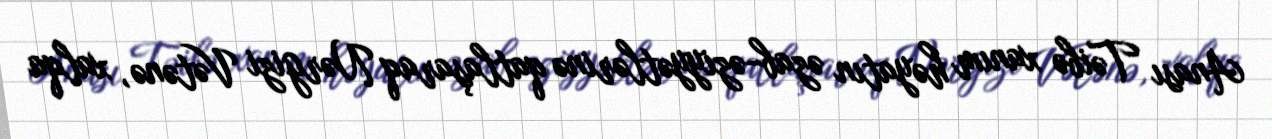
Anası Təibə xanım həyatın əzab-əziyyətlərinə qatlaşaraq Nərgizi Vətənə, xalqa